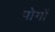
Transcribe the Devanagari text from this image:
पोगों